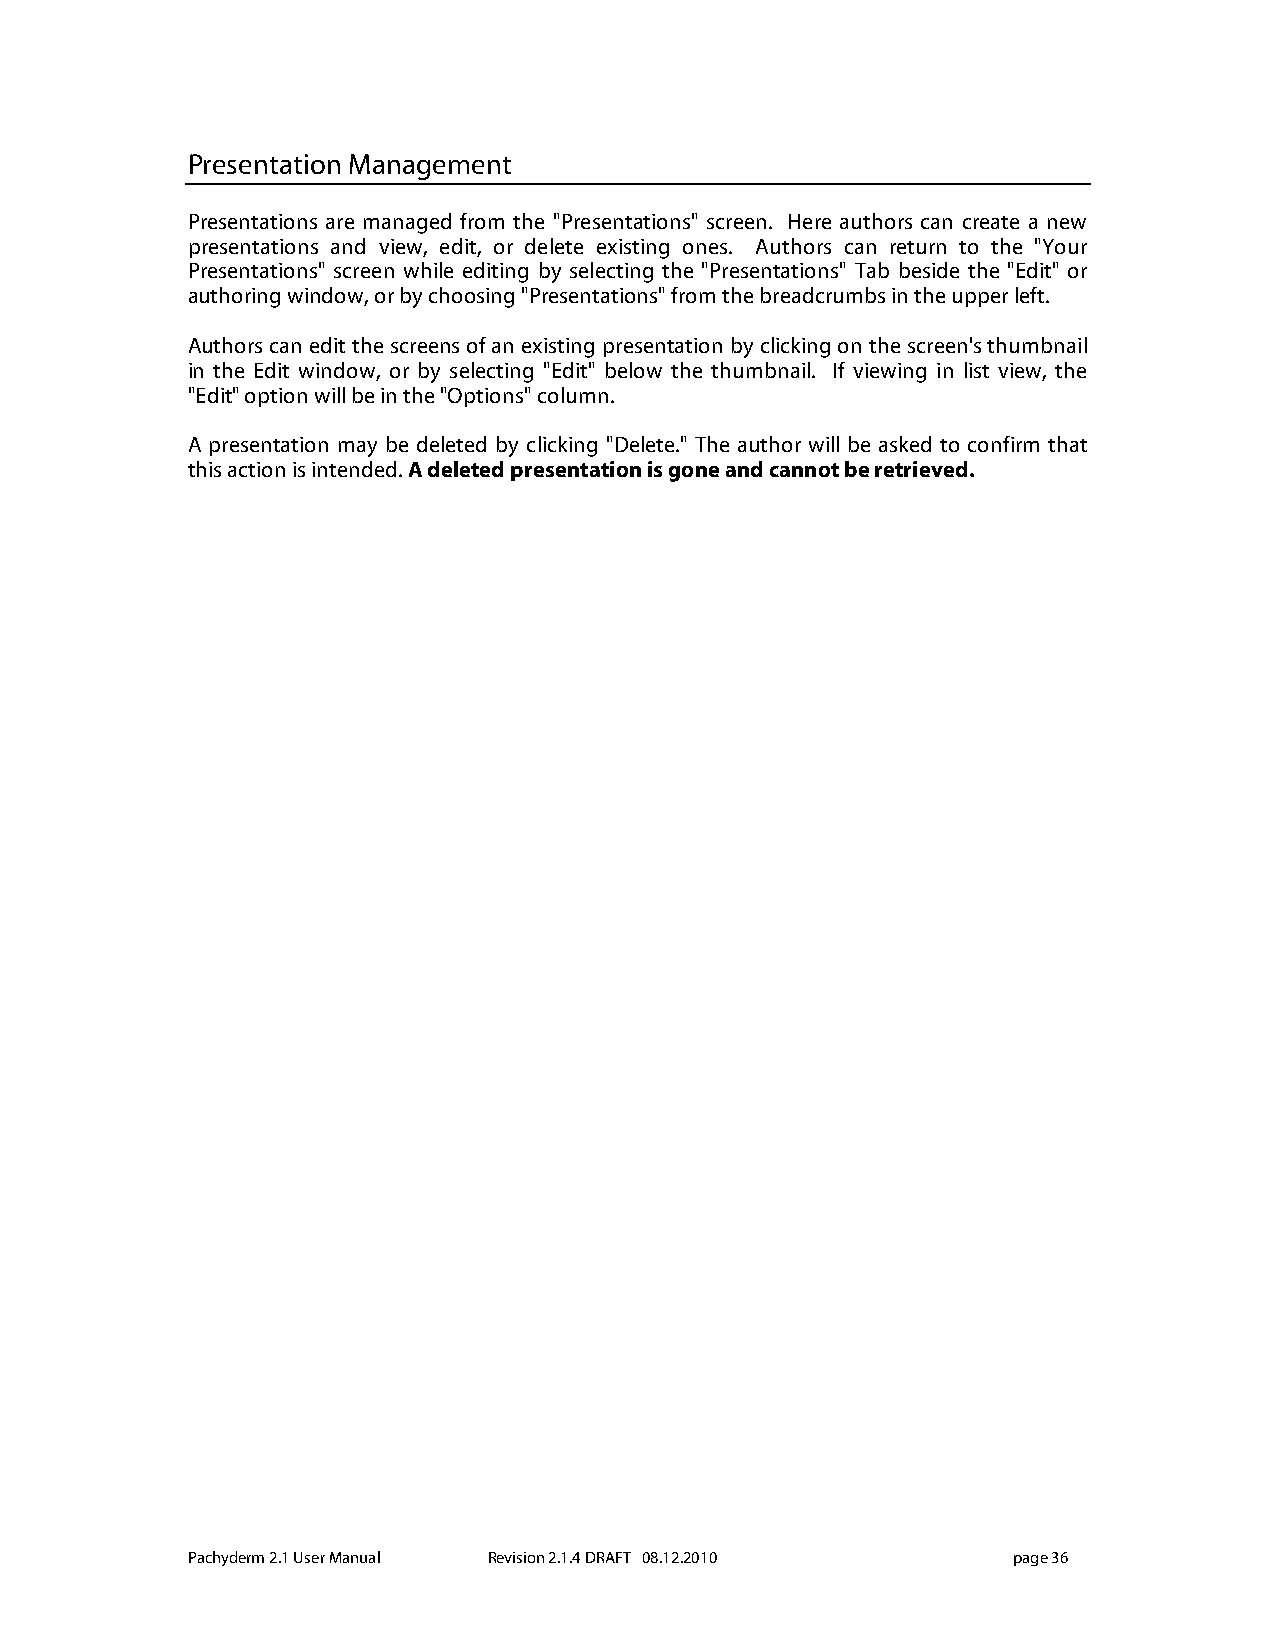
Presentation Management
 Presentations are managed from the "Presentations" screen. Here authors can create a new
 presentations and view, edit, or delete existing ones. Authors can return to the "Your
 Presentations" screen while editing by selecting the "Presentations" Tab beside the "Edit" or
 authoring window, or by choosing "Presentations" from the breadcrumbs in the upper left.
 Authors can edit the screens of an existing presentation by clicking on the screen's thumbnail
 in the Edit window, or by selecting "Edit" below the thumbnail. If viewing in list view, the
 "Edit" option will be in the "Options" column.
 A presentation may be deleted by clicking "Delete." The author will be asked to confirm that
 this action is intended. A deleted presentation is gone and cannot be retrieved.
 Pachyderm 2.1 User Manual Revision 2.1.4 DRAFT 08.12.2010 page 36